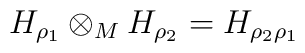
H_{\rho _{1}}\otimes _{M}H_{\rho _{2}}=H_{\rho _{2}\rho _{1}}